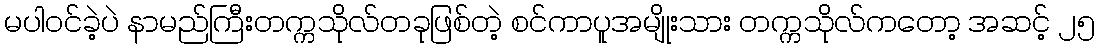
မပါဝင်ခဲ့ပဲ နာမည်ကြီးတက္ကသိုလ်တခုဖြစ်တဲ့ စင်ကာပူအမျိုးသား တက္ကသိုလ်ကတော့ အဆင့် ၂၅